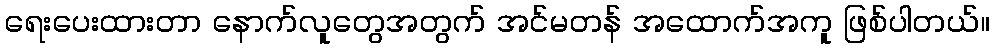
ရေးပေးထားတာ နောက်လူတွေအတွက် အင်မတန် အထောက်အကူ ဖြစ်ပါတယ်။